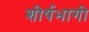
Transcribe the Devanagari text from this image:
शीर्षभागी